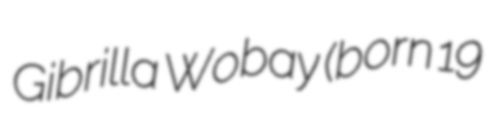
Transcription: Gibrilla Wobay (born 19